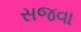
સજવા